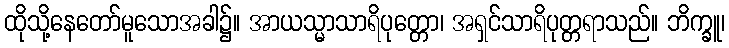
ထိုသို့နေတော်မူသောအခါ၌။ အာယသ္မာသာရိပုတ္တော၊ အရှင်သာရိပုတ္တရာသည်။ ဘိက္ခူ၊